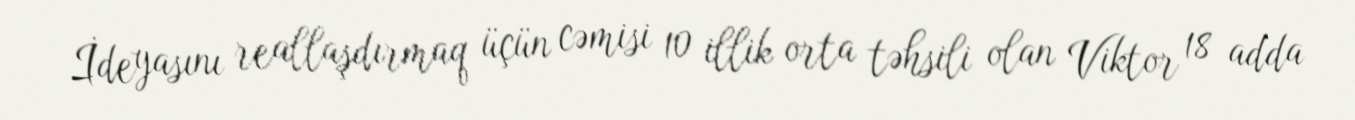
İdeyasını reallaşdırmaq üçün cəmisi 10 illik orta təhsili olan Viktor 18 adda